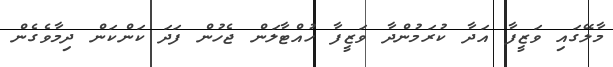
މާލޭގައި ވަޒީފާ އަދާ ކުރަމުންދާ ވަޒީފާ ހުއްޓާލަން ޖެހުން ފަދަ ކަންކަން ދިމާވެގެން